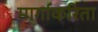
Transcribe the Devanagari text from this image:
मार्गाकरिता